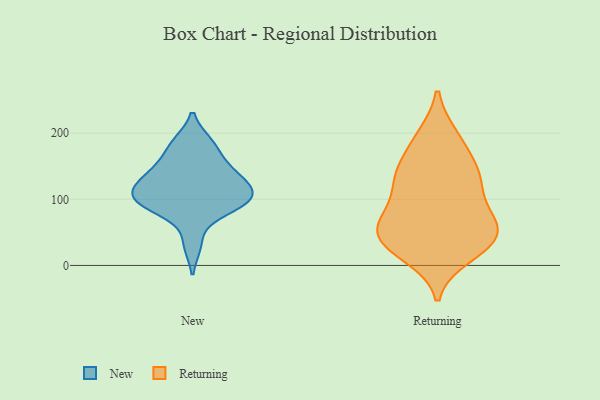
{"axis": {"x": "Demand Index", "y": "Value"}, "legend": ["New", "Returning"], "data": [{"x": "", "y": 130, "type": "New"}, {"x": "", "y": 183, "type": "New"}, {"x": "", "y": 119, "type": "New"}, {"x": "", "y": 98, "type": "New"}, {"x": "", "y": 32, "type": "New"}, {"x": "", "y": 154, "type": "New"}, {"x": "", "y": 88, "type": "New"}, {"x": "", "y": 98, "type": "New"}, {"x": "", "y": 100, "type": "New"}, {"x": "", "y": 147, "type": "New"}, {"x": "", "y": 128, "type": "New"}, {"x": "", "y": 114, "type": "New"}, {"x": "", "y": 86, "type": "New"}, {"x": "", "y": 185, "type": "New"}, {"x": "", "y": 54, "type": "Returning"}, {"x": "", "y": 45, "type": "Returning"}, {"x": "", "y": 62, "type": "Returning"}, {"x": "", "y": 75, "type": "Returning"}, {"x": "", "y": 195, "type": "Returning"}, {"x": "", "y": 131, "type": "Returning"}, {"x": "", "y": 45, "type": "Returning"}, {"x": "", "y": 195, "type": "Returning"}, {"x": "", "y": 70, "type": "Returning"}, {"x": "", "y": 15, "type": "Returning"}, {"x": "", "y": 81, "type": "Returning"}, {"x": "", "y": 126, "type": "Returning"}, {"x": "", "y": 119, "type": "Returning"}, {"x": "", "y": 24, "type": "Returning"}, {"x": "", "y": 31, "type": "Returning"}, {"x": "", "y": 34, "type": "Returning"}, {"x": "", "y": 140, "type": "Returning"}, {"x": "", "y": 167, "type": "Returning"}, {"x": "", "y": 139, "type": "Returning"}]}